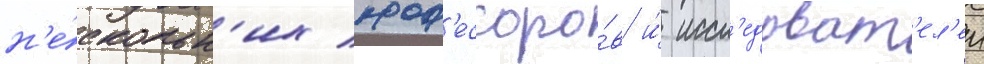
н'е́скольк'их проф'ессоро́в и́ иссл'едоват'ел'еи